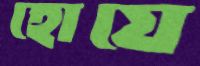
হোয়ে